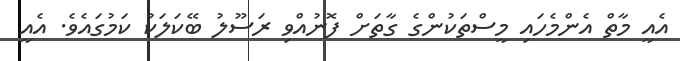
އެއީ މާތް އެންމެހައި މީސްތަކުންގެ ގާތަށް ފޮނުއްވި ރަސޫލު ބޭކަލަކު ކަމުގައެވެ. އެއީ